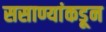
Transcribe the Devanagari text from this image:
ससाण्यांकडून